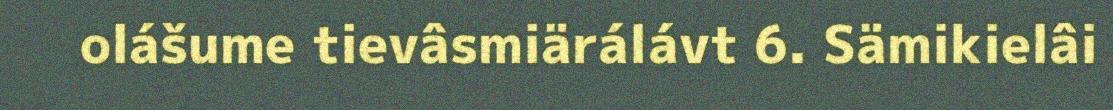
olášume tievâsmiärálávt 6. Sämikielâi